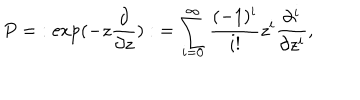
P = \; : \exp ( - z \frac { \partial } { \partial z } ) : \; = \sum _ { i = 0 } ^ { \infty } \frac { ( - 1 ) ^ { i } } { i ! } z ^ { i } \frac { \partial ^ { i } } { \partial z ^ { i } } ,